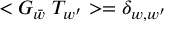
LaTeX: < G _ { \bar { w } } \; T _ { w ^ { \prime } } > = \delta _ { w , w ^ { \prime } }